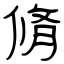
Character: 脩